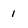
Character: 1